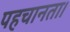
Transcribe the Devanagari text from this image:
पहचानता।